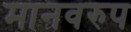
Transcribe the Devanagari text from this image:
मानवरुप